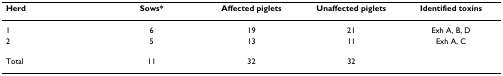
<table><thead><tr><td><b>Herd</b></td><td><b>Sows*</b></td><td><b>Affected piglets</b></td><td><b>Unaffected piglets</b></td><td><b>Identified toxins</b></td></tr></thead><tbody><tr><td>1</td><td>6</td><td>19</td><td>21</td><td>Exh A, B, D</td></tr><tr><td>2</td><td>5</td><td>13</td><td>11</td><td>Exh A, C</td></tr><tr><td>Total</td><td>11</td><td>32</td><td>32</td><td></td></tr></tbody></table>